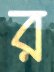
র